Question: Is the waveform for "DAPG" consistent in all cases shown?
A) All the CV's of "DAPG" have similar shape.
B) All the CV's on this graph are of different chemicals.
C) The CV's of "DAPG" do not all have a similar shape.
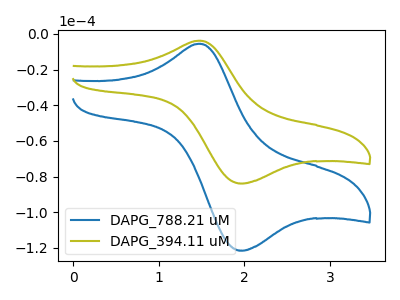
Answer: <think>The blue curve "DAPG_788.21 uM" has an anodic peak at (1.50V, -5.50uA) and a cathodic peak at (2.00V, -121.45uA). The olive curve "DAPG_394.11 uM" has an anodic peak at (1.50V, -3.80uA) and a cathodic peak at (2.00V, -83.80uA).
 All the peaks in "DAPG_788.21 uM" have a peak in "DAPG_394.11 uM" at the same potential.</think>
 <answer>A) All the CV's of "DAPG" have similar shape.</answer>
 <eval>A</eval>